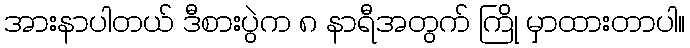
အားနာပါတယ် ဒီစားပွဲက ၈ နာရီအတွက် ကြို မှာထားတာပါ။